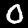
Label: 0